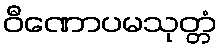
ဝီဏောပမသုတ္တံ